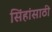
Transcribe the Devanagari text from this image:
सिंहांसाठी